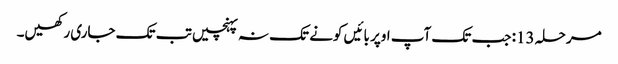
مرحلہ 13: جب تک آپ اوپر بائیں کونے تک نہ پہنچیں تب تک جاری رکھیں۔